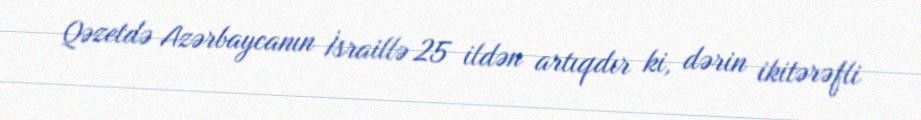
Qəzetdə Azərbaycanın İsraillə 25 ildən artıqdır ki, dərin ikitərəfli